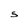
Character: 5